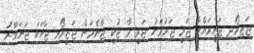
ޖަޒިރޯދި ޖަޒީރައްކާ ޖަރީ ޖަރުމަނު ޖަރީ-މާ ޖުކީ ޖާނެމަން ޖަޒީރޯޅި ޖާހަކަ ޖަނަވާރު